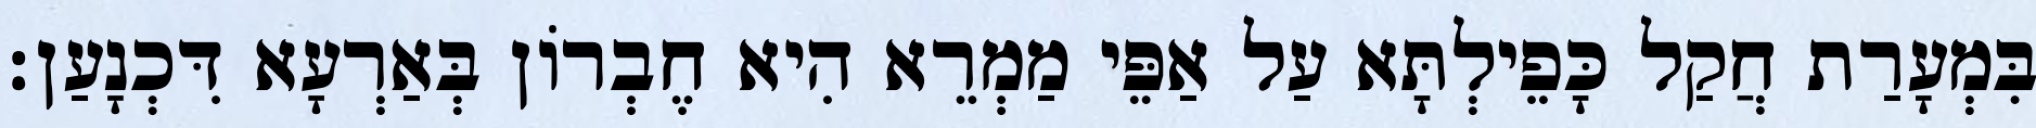
בִּמְעָרַת חֲקַל כָּפֵילְתָּא עַל אַפֵּי מַמְרֵא הִיא חֶבְרוֹן בְּאַרְעָא דִּכְנָעַן׃